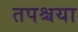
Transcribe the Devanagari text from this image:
तपश्चया